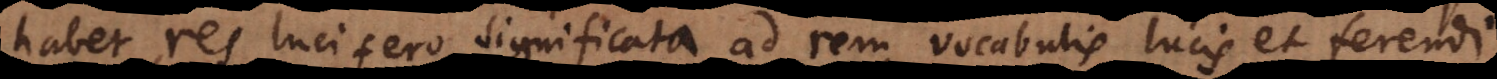
habet res lucifero significata ad rem vocabulis lucis et ferendi